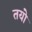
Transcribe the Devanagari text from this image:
तयो